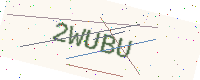
Text: 2WUBU